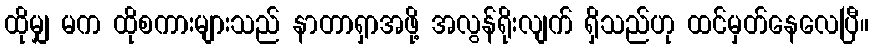
ထိုမျှ မက ထိုစကားများသည် နာတာရှာအဖို့ အလွန်ရိုးလျက် ရှိသည်ဟု ထင်မှတ်နေလေပြီ။